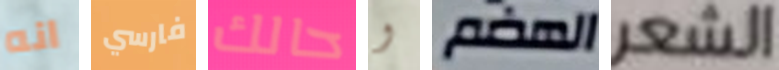
انه فارسي حالك و الهضم الشعر